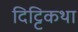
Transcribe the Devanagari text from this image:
दिट्टिकथा